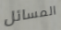
المسائل